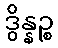
ဒွိန္နဉ္စ